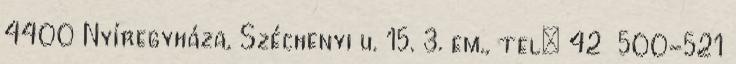
4400 Nyíregyháza, Széchenyi u. 15. 3. em., tel: 42 500-521